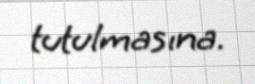
tutulmasına.